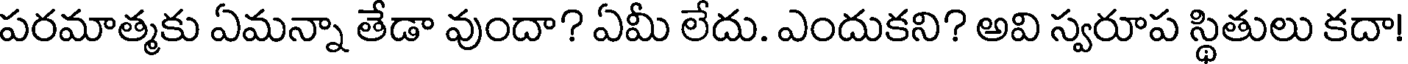
పరమాత్మకు ఏమన్నా తేడా వుందా? ఏమీ లేదు. ఎందుకని? అవి స్వరూప స్థితులు కదా